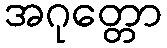
အဂုတ္တော